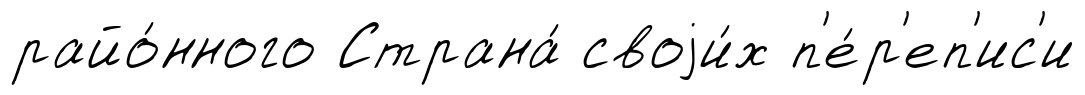
райо́нного Страна́ своjи́х п'е́р'еп'ис'и